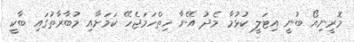
މޮރީނިއޯ ބުނީ އިޓަލީ ކުޅުމާ މެދު އޭނާ ހިތްހަމަޖެހޭ ކަމަށާއި މުބާރާތުގައި ބާކީ